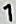
1